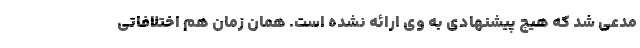
مدعی شد که هیچ پیشنهادی به وی ارائه نشده است. همان زمان هم اختلافاتی